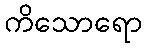
ကိသောရော